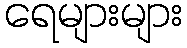
ရေများများ